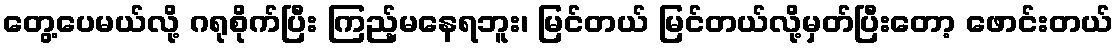
တွေ့ပေမယ်လို့ ဂရုစိုက်ပြီး ကြည့်မနေရဘူး၊ မြင်တယ် မြင်တယ်လို့မှတ်ပြီးတော့ ဖောင်းတယ်